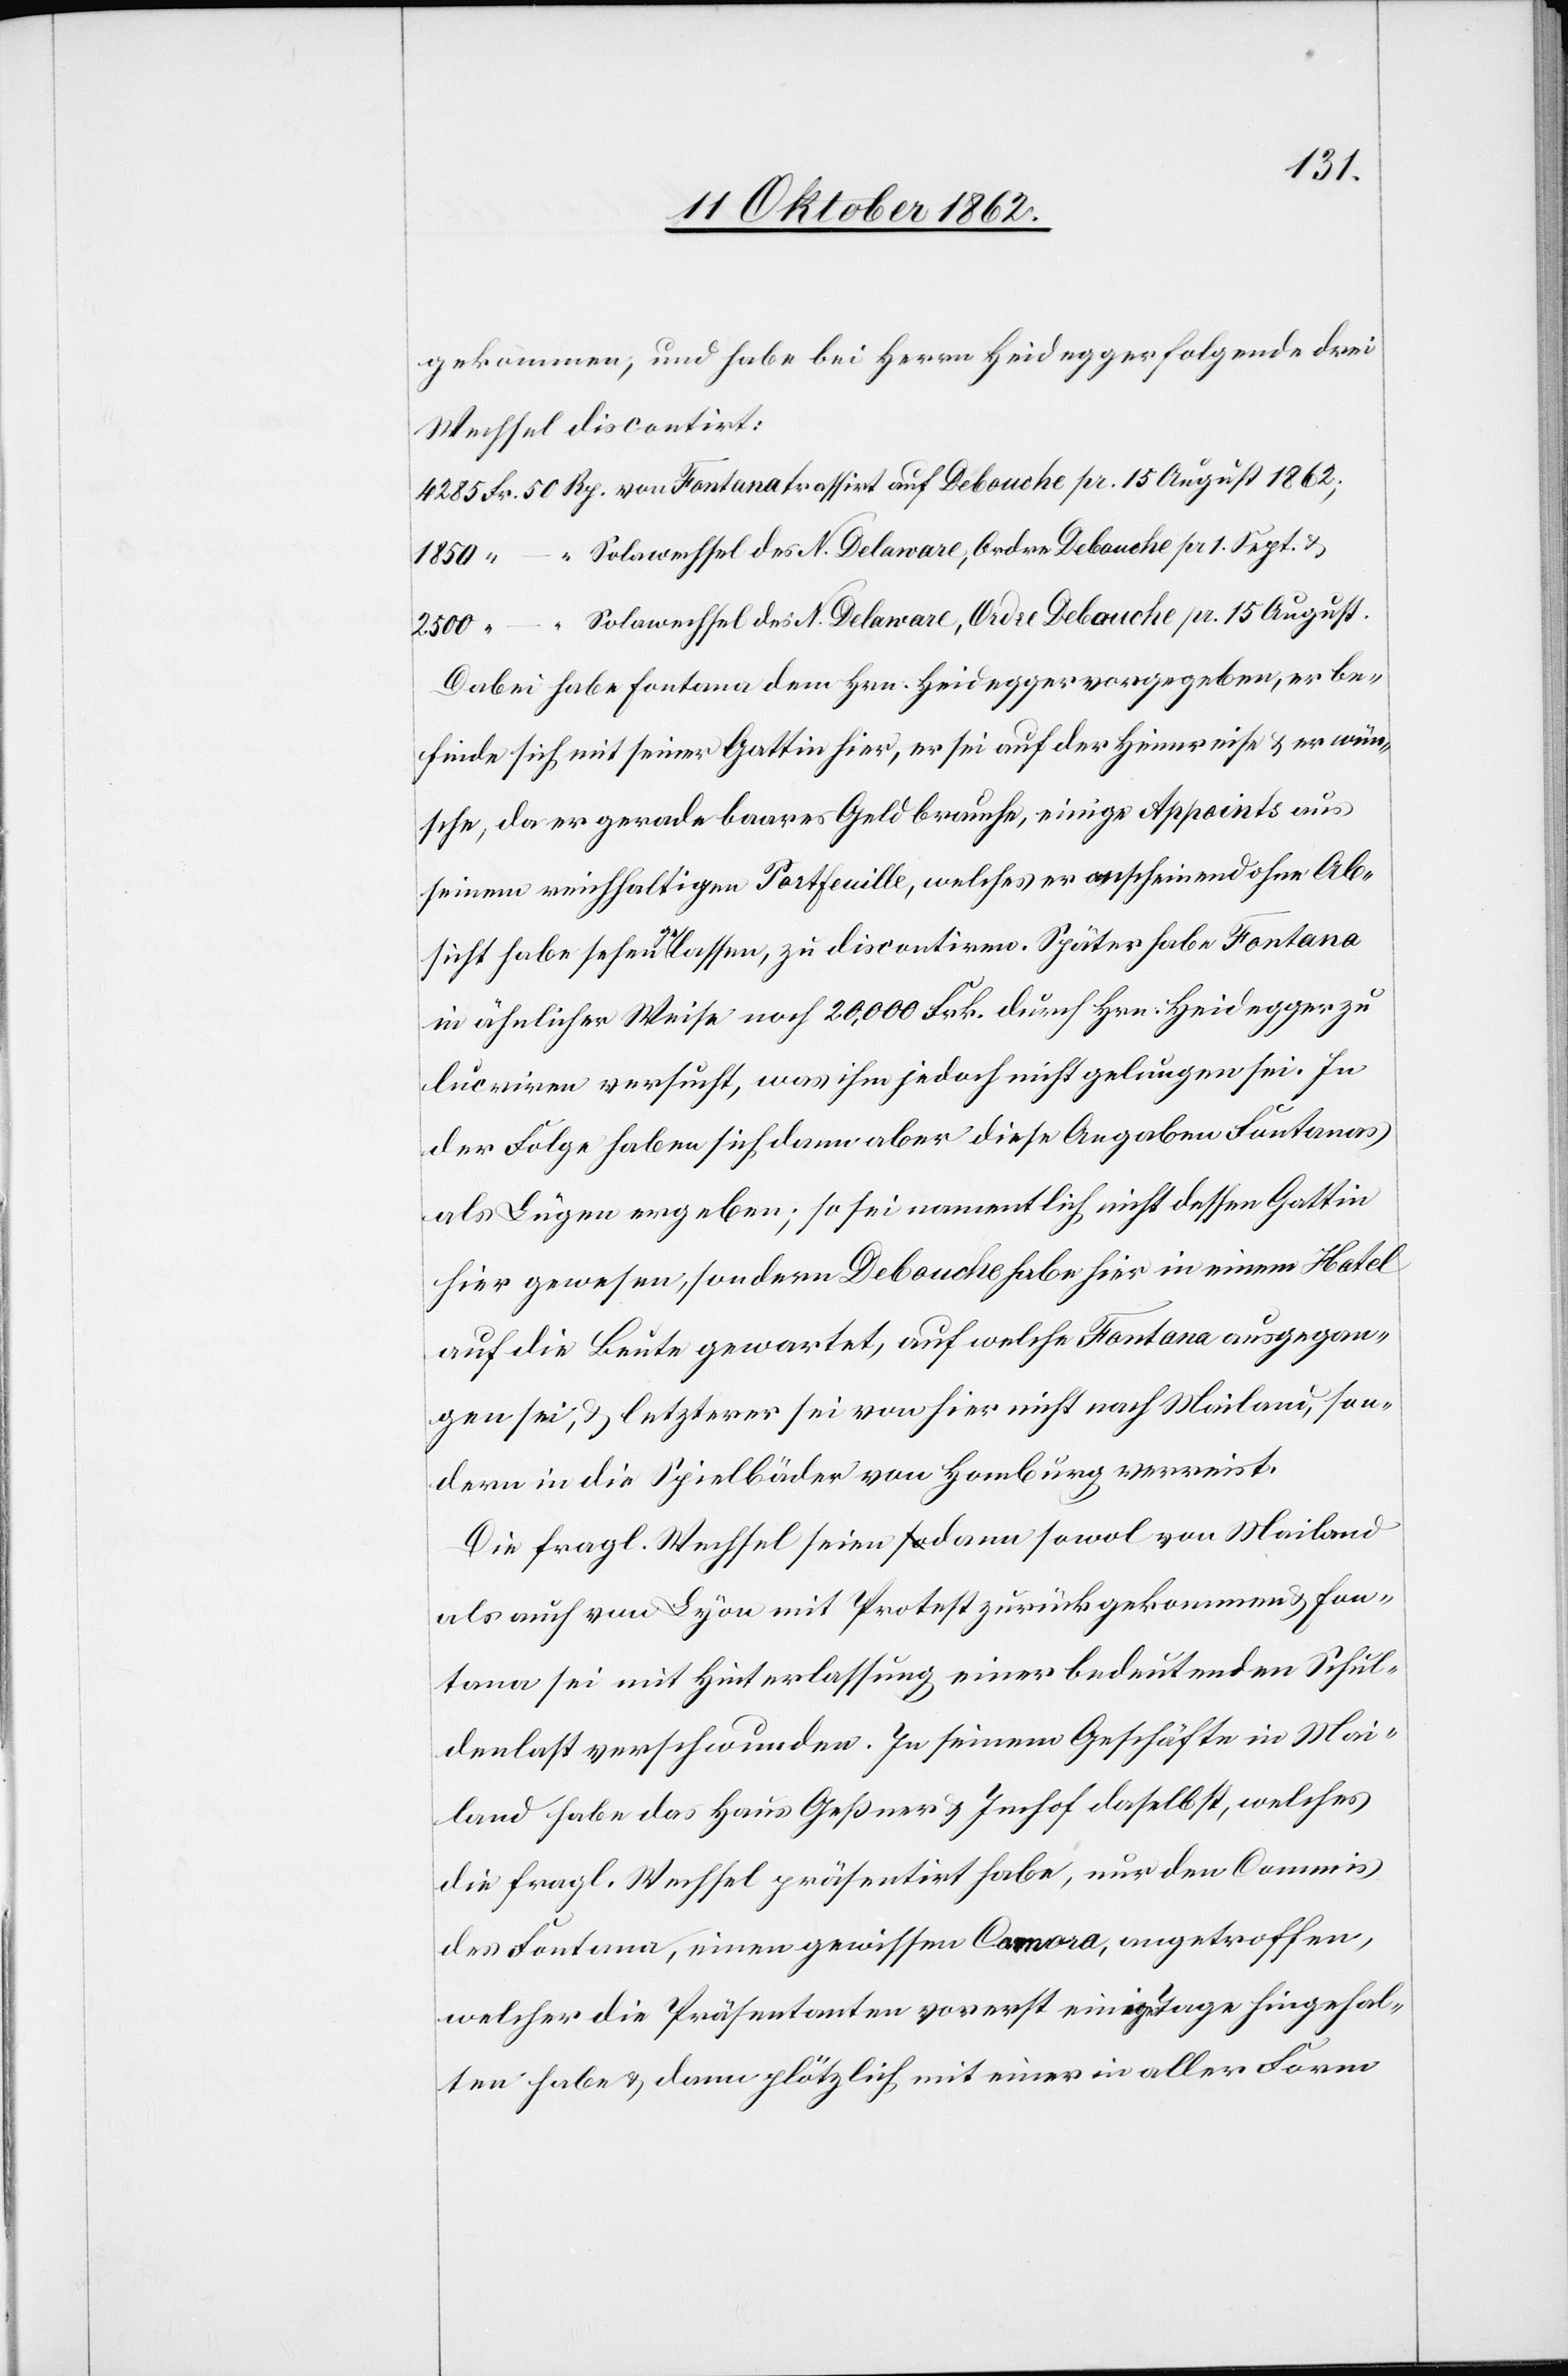
1850
gekommen, und habe bei Herrn Heidegger folgende drei
Wechsel dicontirt:
Dabei habe Fontana dem Hrn. Heidegger vorgegeben, er be¬
finde sich mit seiner Gattin hier, er sei auf der Heimreise u. er wün¬
sche, da er gerade baares Geld brauche, einige Appoints aus
seinem reichhaltigen Postfeuille, welches er anscheinend ohne Abs¬
icht habe sehen gelassen, zu diescontiern. Später habe Fontana
in ähnlicher Weise noch 20,000 Frk. durch Hrn. Heidegger zu
lucriren versucht, was ihm jedoch nicht gelungen sei. In
15.
der Folge haben sich dann aber diese Angaben Fontanas
als Lügen ergeben; so sei namentlich nicht dessen Gattin
hier gewesen, sondern Debouche habe hier in einem Hotel
auf die Leute gewartet, auf welche Fontana ausgegan¬
gen sei, u. letzterer sei von hier nicht nach Mailand, son¬
dern in die Spielbäder von Hamburg verreist.
Die fragl. Wechsel seien sodann sowol von Mailand
als auch von Lyon mit Protest zurückgekommen u. Fon¬
tana sei mit Hinterlassung einer bedeutenden Schul¬
denlast verschwunden. In seinem Geschäfte in Mai¬
land habe das Haus Geßner u. Imhof daselbst, welches
die fragl. Wechsel präsentirt habe, nur den Commis
des Fontana, einen gewissen Camora, angetroffen,
welcher die Präsentanten vorerst einige Tage hingehal¬
ten habe u. dann plötzlich mit einer in aller Form